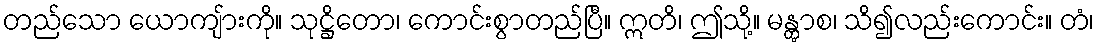
တည်သော ယောကျ်ားကို။ သုဋ္ဌိတော၊ ကောင်းစွာတည်ပြီ။ ဣတိ၊ ဤသို့။ မန္တွာစ၊ သိ၍လည်းကောင်း။ တံ၊